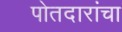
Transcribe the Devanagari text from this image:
पोतदारांचा